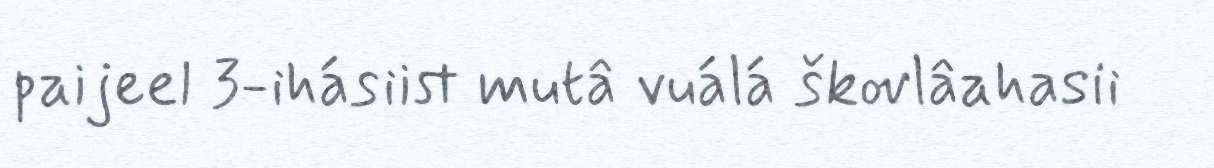
paijeel 3-ihásiist mutâ vuálá škovlâahasii